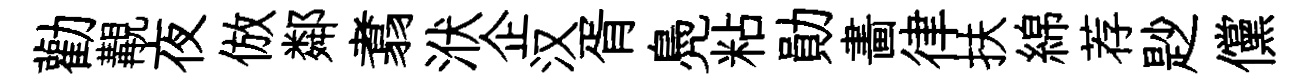
勸覯夜倣鄰翥洑企汉胥鳧粘勛畵律扶綿荐尟儻